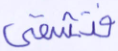
فتشقى